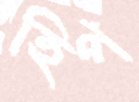
হিপ